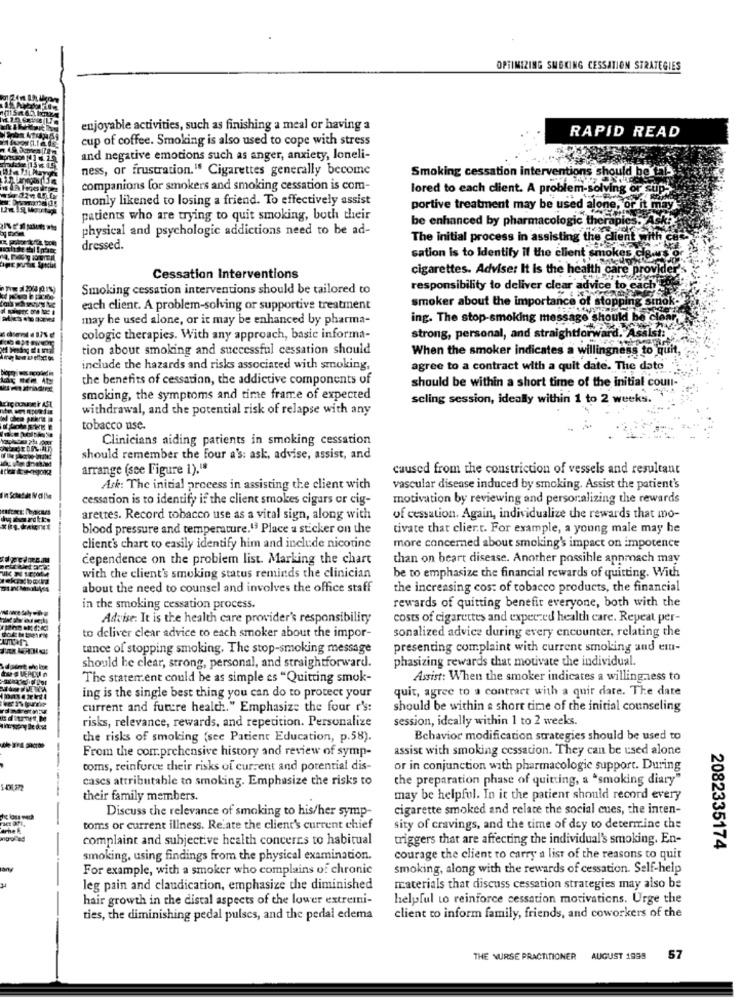
OPTIMIZING SMOKING CESSATION STRATEGIES
enjoyable activities, such as finishing a meal or having a
RAPID READ
cup of coffee. Smoking is also used to cope with stress
and negative emotions such as anger, anxiety, loneli-
ness, or frustration." Cigarettes generally become
Smoking cessation interventions should
companions for smokers and smoking cessation is com-
monly likened to losing a friend. To effectively assist
lored to each client. A problem-solving or sup?
portive treatment may be used alone, or it may
patients who are trying to quit smoking, both their
be enhanced by pharmacologic therapies. As
physical and psychologic addictions need to be ad-
The initial process in assisting the client with
dressed.
sation Is to Identify il the client smokes cB.M
cigarettes. Adviser It is the health care provider's
Cessation Interventions
Smoking cessation interventions should be tailored to
responsibility to deliver clear advice to each's
each client. A problem-solving or supportive treatment
smoker about the importance of stopping smok-
may he used alone, or it may be enhanced by pharma-
ing. The stop-smoking message should be clear
strong, personal, and straightforward. Assist.
cologic therapies. With any approach, basic informa-
tion about smoking and successful cessation should
When the smoker indicates a willingness to quit
include the hazards and risks associated with smoking,
agree to a contract with a quit date. The date
the benefits of cessation, the addictive components of
should be within a short time of the initial coun-
smoking, the symptoms and time frame of expected
scling session, ideally within 1 to 2 weeks.
withdrawal, and the potential risk of relapse with any
tobacco use.
Clinicians aiding patients in smoking cessation
should remember the four a's: ask, advise, assist, and
arrange (see Figure 1)."
caused from the constriction of vessels and resultant
Ask: The initial process in assisting the client wich
vascular disease induced by smoking. Assist the patient's
cessation is to identify if the client smokes cigars or cig-
motivation by reviewing and personalizing the rewards
arettes. Record tobacco use as a vital sign, along with
of cessation. Again, individualize the rewards that mo-
blood pressure and temperature.13 Place a sticker on the
tivate that clier.t. For example, a young male may he
client's chart to easily identify him and include nicotine
more concerned about smoking's impact on impotence
dependence on the problem list. Marking the chart
than on beart disease. Another possible apnmach may
with the client's smoking status reminds the clinician
be to emphasize the financial rewards of quitting. With
about the need to counsel and involves the office staff
the increasing cos: of tobacco products, the financial
rewards of quitting benefit everyone, both with the
in the smoking cessation process.
Advise. It is the health care provider's responsibility
costs of cigarettes and expected health care. Repeat per-
sonalized advice during every encounter, relating the
to deliver clear advice to each smoker about the impor-
tance of stopping smoking. The stop-smoking message
presenting complaint with current smoking and em-
phasizing rewards that motivate the individual.
should be clear, strong, personal, and straightforward.
The statement could be as simple as "Quitting smok-
Assist: When the smoker indicates a willingness to
quit, agree to a contract with a quir date. The date
ing is the single best thing you can do to protect your
current and future health." Emphasize the four r's:
should be within a short time of the initial counseling
risks, relevance, rewards, and repetition. Personalize
session, ideally within 1 to 2 weeks.
the risks of smoking (see Patient Education, p.58).
Behavior modification strategies should be used to
From the comprehensive history and review of symp-
assist with smoking cessation. They can be used alone
coms, reinforce their risks of current and potential dis-
or in conjunction with pharmacologic support. During
cases attributable to smoking. Emphasize the risks to
the preparation phase of quitting, a "smoking diary"
their family members.
may be helpful. In it the patient should record every
Discuss the relevance of smoking to his/her symp-
cigarette smoked and relate the social cues, the inten-
toms or current illness. Relate the client's current chief
sity of cravings, and the time of day to determine the
complaint and subjective health concerns to habitual
wiggers that are affecting the individual's smoking. En-
2082335174
smoking, using findings from the physical examination.
courage the client to carry a list of the reasons to quit
For example, with a smoker who complains of chronic
smoking, along with the rewards of cessation. Self-help
leg pain and claudication, emphasize the diminished
materials that discuss cessation strategies may also be
hair growth in the distal aspects of the lower extremni-
helpful to reinforce cessation motivations. Urge the
ties, the diminishing pedal pulscs, and the pedal edema
client to inform family, friends, and coworkers of the
THE NURSE PRACTITIONER
AUGUST 1999
57